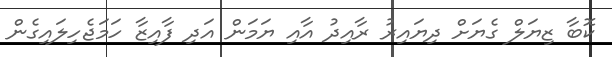
ކޮބާ ޒިޔަލް ގެޔަށް ދިޔައިރު ރާއިދު އާއި ޔަމަން އަދި ފާއިޒާ ހަމަޖެހިލައިގެން